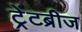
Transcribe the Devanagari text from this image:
ट्रेंटब्रीज